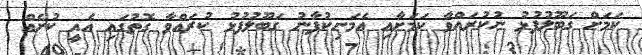
ކަމަށް ގަބޫލުފުޅު ނުކުރައްވާ ކަމަށާއި އެމަނިކުފާނު ގަބޫލުފުޅު ކުރައްވާ ގޮތުގައި އެއީ ކުށެއް